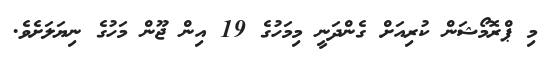
މި ޕްރޮމޯޝަން ކުރިއަށް ގެންދަނީ މިމަހުގެ 19 އިން ޖޫން މަހުގެ ނިޔަލަށެވެ.